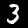
Digit: 3